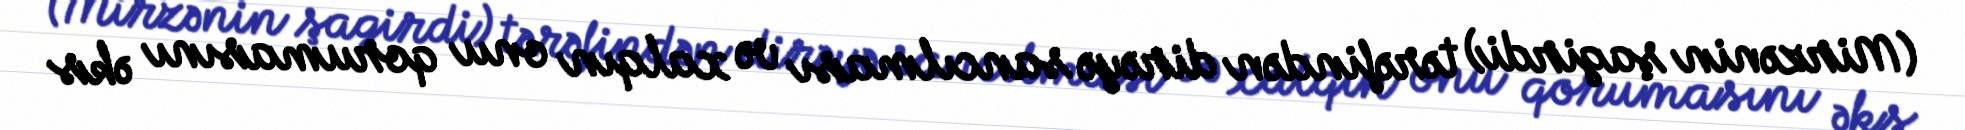
(Mirzənin şagirdi) tərəfindən dirəyə sancılması və xalqın onu qorumasını əks